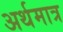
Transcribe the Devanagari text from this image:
अर्थमात्र